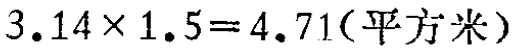
\(3.14\times1.5 = 4.71(\text{平方米})\)